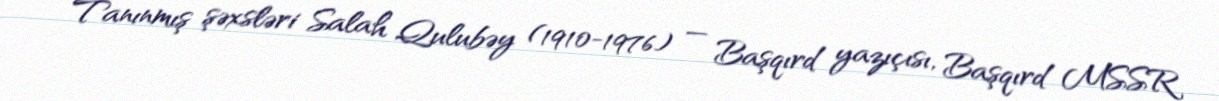
Tanınmış şəxsləri Salah Qulubəy (1910-1976) — Başqırd yazıçısı, Başqırd MSSR